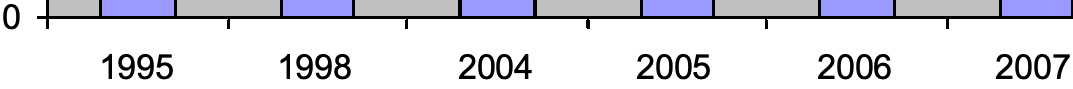
0 1995  1998  2004  2005  2006  2007